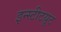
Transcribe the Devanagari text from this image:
इन्स्टीटय़ूट